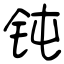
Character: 钝